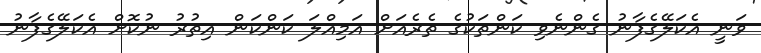
ވަނީ އެކަލޭގެފާނު ގެންނެވި ކަންތަކުގެ ތެރެއަށް އަމިއްލަ ކަންކަން އިތުރު ނުކޮށް އެކަލޭގެފާނު